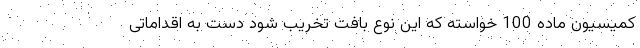
کمیسیون ماده 100 خواسته که این نوع بافت تخریب شود دست به اقداماتی